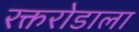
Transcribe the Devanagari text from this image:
रक्तरोडाला